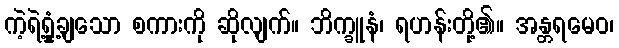
ကဲ့ရဲ့ရှုံ့ချသော စကားကို ဆိုလျက်။ ဘိက္ခူနံ၊ ရဟန်းတို့၏။ အန္တရမေဝ၊